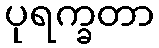
ပုရက္ခတာ